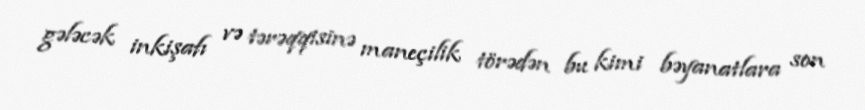
gələcək inkişafı və tərəqqisinə maneçilik törədən bu kimi bəyanatlara son